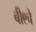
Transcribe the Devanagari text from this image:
बी९चे